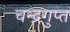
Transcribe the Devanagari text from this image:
चन्‍द्रगुप्‍त